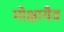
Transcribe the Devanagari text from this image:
मोक्षायैव